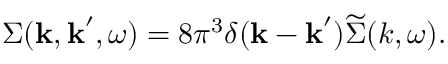
\Sigma ( \boldsymbol { \mathbf { k } } , \boldsymbol { \mathbf { k } } ^ { \prime } , \omega ) = 8 \pi ^ { 3 } \delta ( \boldsymbol { \mathbf { k } } - \boldsymbol { \mathbf { k } } ^ { \prime } ) \widetilde { \Sigma } ( k , \omega ) .